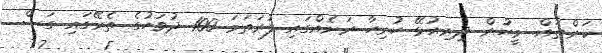
ކަންތައް. މީހުން ދިރިއުޅޭ ހުރިހާ ރަށެއްގައި ފުރަތަމަ 100 ދުވަހުގެ ތެރޭގައި ގަސް